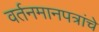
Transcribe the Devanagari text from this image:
वर्तनमानपत्रांचे